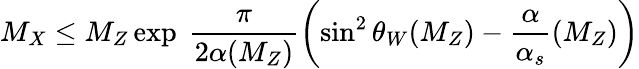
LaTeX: M_{X}\leq M_{Z}\exp{\ \frac\pi{2\alpha{(M_{Z})}}\left(\sin^{2}\theta_{W}(M_{Z})-\frac\alpha{\alpha_{s}}{(M_{Z})}\right)}